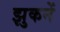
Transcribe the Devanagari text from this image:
झुकनें